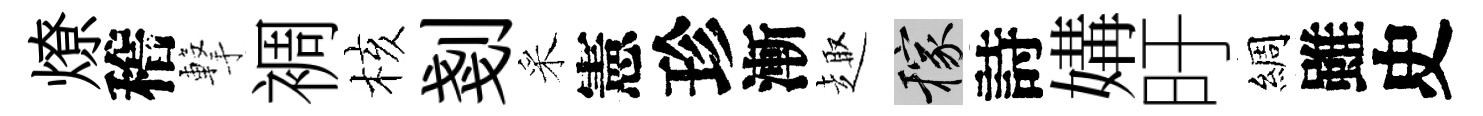
燎稽撃裯核剗采憲珍漸趣稼詩媾旴綢雖史